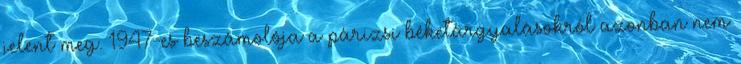
jelent meg. 1947-es beszámolója a párizsi béketárgyalásokról azonban nem